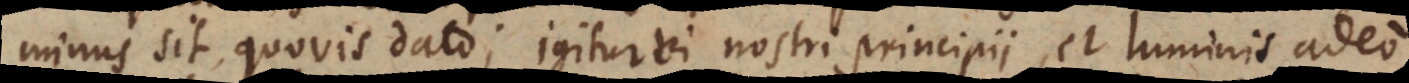
minus sit quovis dato; igitur vi nostri principii, et luminis adeo